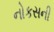
નોકસની